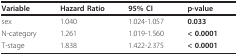
| Variable | Hazard Ratio | 95% CI | p-value |
 | --- | --- | --- | --- |
 | sex | 1.040 | 1.024-1.057 | 0.033 |
 | N-category | 1.261 | 1.019-1.560 | < 0.0001 |
 | T-stage | 1.838 | 1.422-2.375 | < 0.0001 |